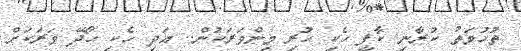
ތުހުމަތު ކުރާނި ކާފީ ހެކި ހުރި މިންވަރަކުން.. އަދި ހެކި ހޯދޭ ވަރަކަށް